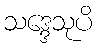
သဒ္ဒေသုပိ